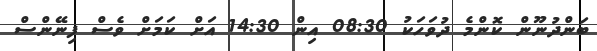
ބަންދުނޫން ކޮންމެ ދުވަހަކު 08:30 އިން 14:30 އަށް ކަމަށް ވެސް ފިނޭންސް